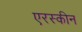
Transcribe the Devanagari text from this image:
एरस्कीन